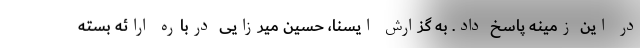
در این زمینه پاسخ داد. به گزارش ایسنا، حسین میرزایی درباره ارائه بسته